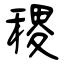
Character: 稷